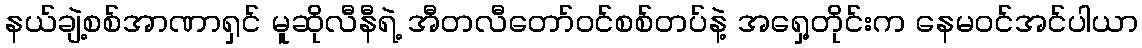
နယ်ချဲ့စစ်အာဏာရှင် မူဆိုလီနီရဲ့ အီတလီတော်ဝင်စစ်တပ်နဲ့ အရှေ့တိုင်းက နေမဝင်အင်ပါယာ